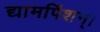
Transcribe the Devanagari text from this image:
द्यामपिंशन्।